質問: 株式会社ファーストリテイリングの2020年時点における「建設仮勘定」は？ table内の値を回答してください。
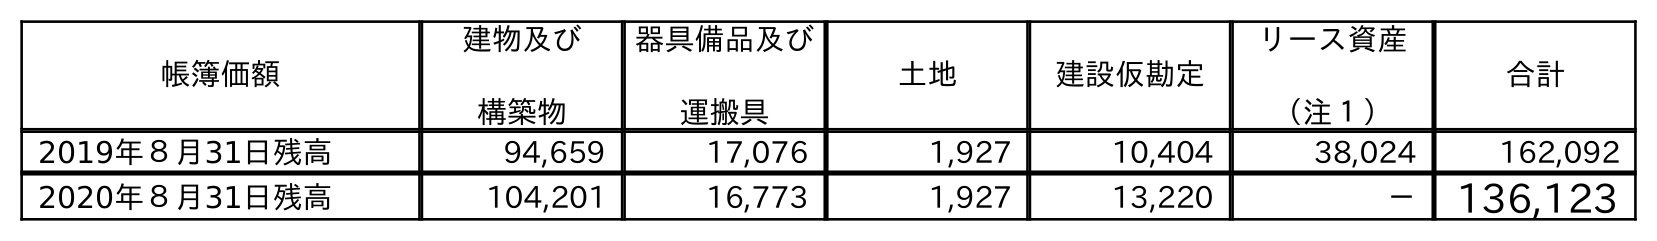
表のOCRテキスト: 帳簿価額 建物及び 構築物 器具備品及び 運搬具 土地 建設仮勘定 リース資産 （注１） 合計 2019年８月31日残高 94,659 17,076 1,927 10,404 38,024 162,092 2020年８月31日残高 104,201 16,773 1,927 13,220 － 136,123
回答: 13,220